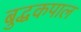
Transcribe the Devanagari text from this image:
बुद्धकपाल